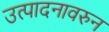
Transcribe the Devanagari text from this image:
उत्पादनावरुन